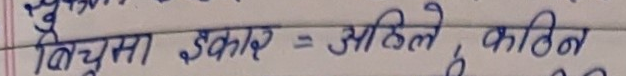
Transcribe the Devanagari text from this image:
विटुमस, इनकार = आळिते, कठिन